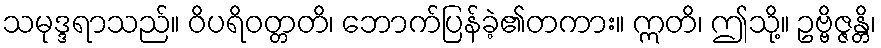
သမုဒ္ဒရာသည်။ ဝိပရိဝတ္တတိ၊ ဘောက်ပြန်ခဲ့၏တကား။ ဣတိ၊ ဤသို့။ ဥဗ္ဗိဇ္ဇန္တိ၊